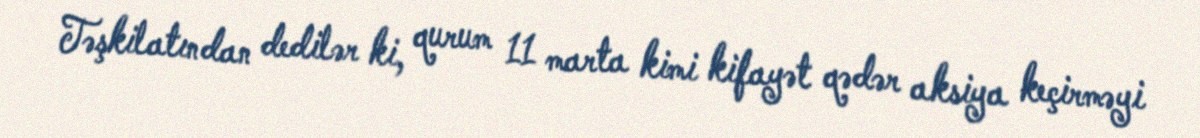
Təşkilatından dedilər ki, qurum 11 marta kimi kifayət qədər aksiya keçirməyi